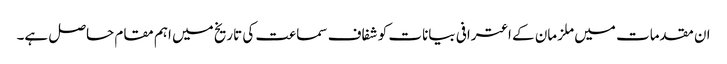
ان مقدمات میں ملزمان کے اعترافی بیانات کو شفاف سماعت کی تاریخ میں اہم مقام حاصل ہے۔